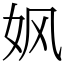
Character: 㚯